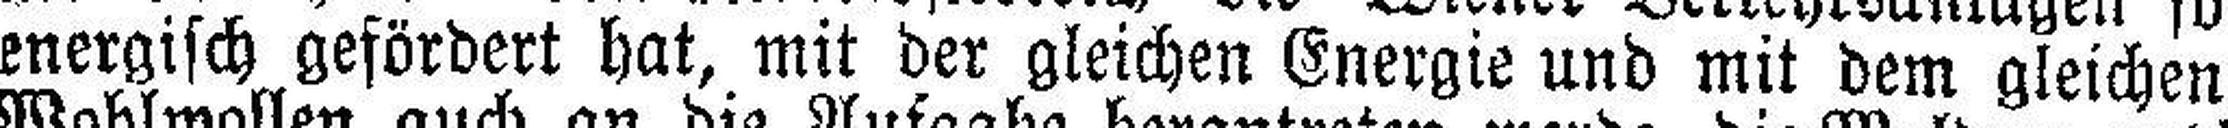
energisch gefördert hat, mit der gleichen Energie und mit dem gleichen